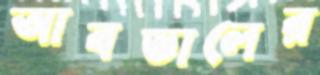
আবডালের